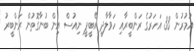
އުމުރުން 33 އަހަރުގެ ރަންބީރާއި ހަވާލާދީ އޭބީޕީ ނިއުސް އިން ބުނާގޮތުން ރަންބީރު